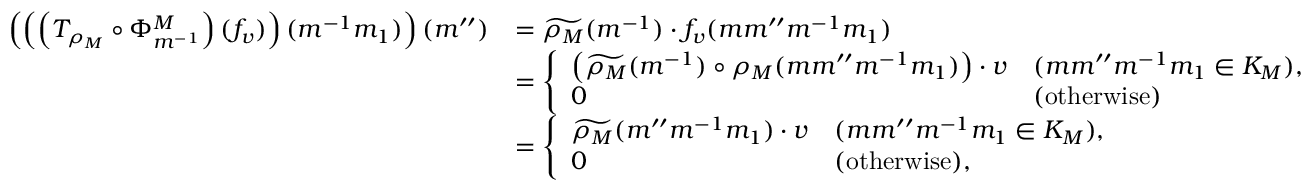
\begin{array} { r l } { \left( \left( \left( T _ { \rho _ { M } } \circ \Phi _ { m ^ { - 1 } } ^ { M } \right) ( f _ { v } ) \right) ( m ^ { - 1 } m _ { 1 } ) \right) ( m ^ { \prime \prime } ) } & { = \widetilde { \rho _ { M } } ( m ^ { - 1 } ) \cdot f _ { v } ( m m ^ { \prime \prime } m ^ { - 1 } m _ { 1 } ) } \\ & { = \left\{ \begin{array} { l l } { \left( \widetilde { \rho _ { M } } ( m ^ { - 1 } ) \circ \rho _ { M } ( m m ^ { \prime \prime } m ^ { - 1 } m _ { 1 } ) \right) \cdot v } & { ( m m ^ { \prime \prime } m ^ { - 1 } m _ { 1 } \in K _ { M } ) , } \\ { 0 } & { ( \mathrm { o t h e r w i s e } ) } \end{array} \right. } \\ & { = \left\{ \begin{array} { l l } { \widetilde { \rho _ { M } } ( m ^ { \prime \prime } m ^ { - 1 } m _ { 1 } ) \cdot v } & { ( m m ^ { \prime \prime } m ^ { - 1 } m _ { 1 } \in K _ { M } ) , } \\ { 0 } & { ( \mathrm { o t h e r w i s e } ) , } \end{array} \right. } \end{array}